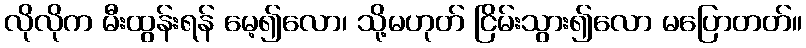
လိုလိုက မီးထွန်းရန် မေ့၍လော၊ သို့မဟုတ် ငြိမ်းသွား၍လော မပြောတတ်။